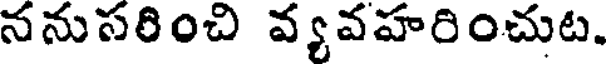
ననుసరించి వ్యవహరించుట.